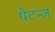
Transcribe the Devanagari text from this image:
पैटर्न्ज़